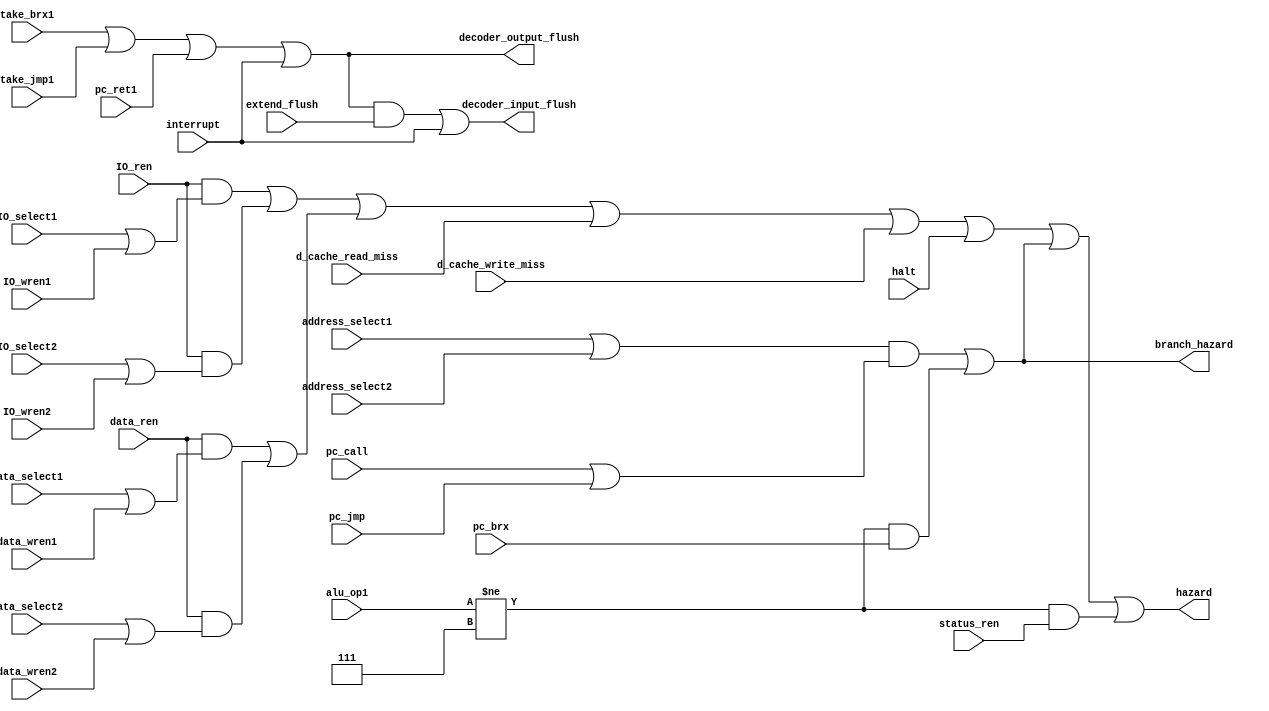
module hazard_unit(
		input wire pc_jmp,
		input wire pc_brx,
		input wire pc_call,
		input wire pc_ret1,
		input wire interrupt,
		input wire take_brx1,
		input wire take_jmp1,
		input wire[3:0] alu_op1,
		input wire halt,
		input wire extend_flush,
		input wire IO_select1, IO_select2,
		input wire address_select1, address_select2,
		input wire data_select1, data_select2, 
		input wire IO_ren,
		input wire IO_wren1, IO_wren2,
		input wire data_ren,
		input wire data_wren1, data_wren2,
		input wire status_ren,
		input wire d_cache_read_miss,
		input wire d_cache_write_miss,
		output wire hazard,
		output wire branch_hazard,
		output wire decoder_input_flush,
		output wire decoder_output_flush);
		
wire status_hazard;
wire IO_hazard, IO_hazard1, IO_hazard2;
wire data_hazard_read1, data_hazard_read2;
wire data_hazard_read;
wire branch_hazard_ca;
wire branch_hazard_nzp;

assign status_hazard = (alu_op1 != 4'b0111) & status_ren;
assign branch_hazard_nzp = (alu_op1 != 4'b0111) & pc_brx;	//recent write to nzp and brx
assign branch_hazard_ca = (address_select1 | address_select2) & (pc_call | pc_jmp);	//call or jump after writing call address
assign branch_hazard = branch_hazard_ca | branch_hazard_nzp;
assign decoder_output_flush = take_brx1 | take_jmp1 | pc_ret1 | interrupt;
assign decoder_input_flush = (decoder_output_flush & extend_flush) | interrupt;
assign IO_hazard1 = IO_ren & (IO_select1 | IO_wren1);
assign IO_hazard2 = IO_ren & (IO_select2 | IO_wren2);
assign IO_hazard = IO_hazard1 | IO_hazard2;
assign data_hazard_read1 = data_ren & (data_select1 | data_wren1);
assign data_hazard_read2 = data_ren & (data_select2 | data_wren2);
assign data_hazard_read = data_hazard_read1 | data_hazard_read2;
assign hazard = IO_hazard | data_hazard_read | d_cache_read_miss | d_cache_write_miss | halt | branch_hazard | status_hazard;
endmodule	//hazard_unit